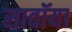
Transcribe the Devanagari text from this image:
सावॉया